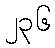
၂၃၆